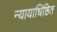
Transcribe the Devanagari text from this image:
न्यायाधिष्ठित